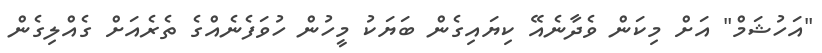
"އަހުޝަމް" އަށް މިކަން ވެދާނެއޭ ކިޔައިގެން ބަޔަކު މީހުން ހުވަފެނެއްގެ ތެރެއަށް ގެއްލިގެން